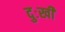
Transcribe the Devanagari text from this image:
दुःखीं